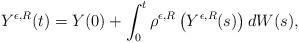
LaTeX: \begin{align*}Y^{\epsilon,R}(t)=Y(0)+\int_0^t\rho^{\epsilon,R}\left(Y^{\epsilon,R}(s)\right)dW(s),\end{align*}